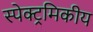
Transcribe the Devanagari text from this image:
स्पेक्ट्रमिकीय